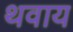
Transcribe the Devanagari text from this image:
थवाय